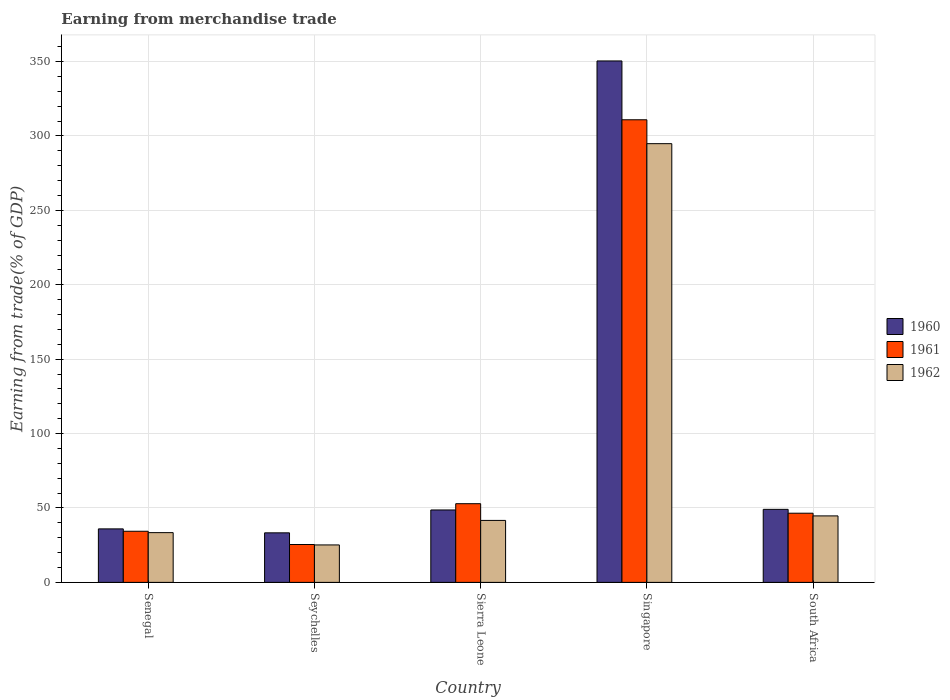
| Country | 1960 | 1961 | 1962 |
 | --- | --- | --- | --- |
 | Senegal | 36 | 34.4 | 33.4 |
 | Seychelles | 33.3 | 25.5 | 25.2 |
 | Sierra Leone | 48.7 | 52.9 | 41.6 |
 | Singapore | 350 | 311 | 295 |
 | South Africa | 49.1 | 46.5 | 44.7 |